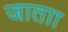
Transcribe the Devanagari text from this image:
जाताा